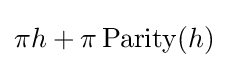
\pi h+\pi \operatorname {Parity} (h)